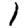
Digit: 1